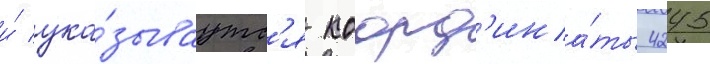
и́ ука́зываутс'я коорд'ина́ты 4245